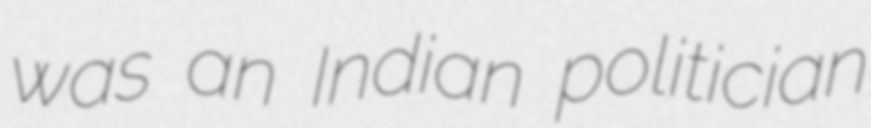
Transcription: was an Indian politician